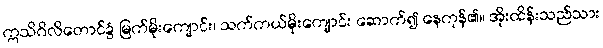
ဣသိဂိလိတောင်၌ မြက်မိုးကျောင်း၊ သက်ကယ်မိုးကျောင်း ဆောက်၍ နေကုန်၏။ အိုးထိန်းသည်သား